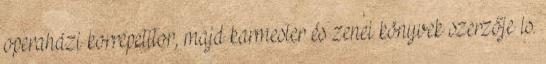
operaházi korrepetitor, majd karmester és zenei könyvek szerzője is.